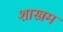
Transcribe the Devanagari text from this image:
शास्त्रम